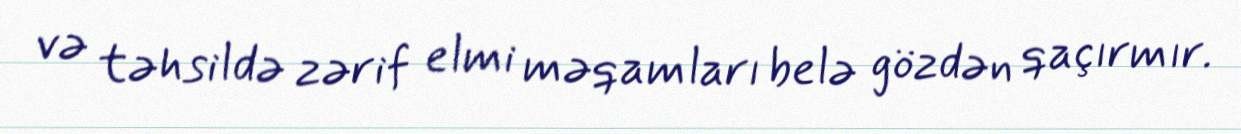
və təhsildə zərif elmi məqamları belə gözdən qaçırmır.